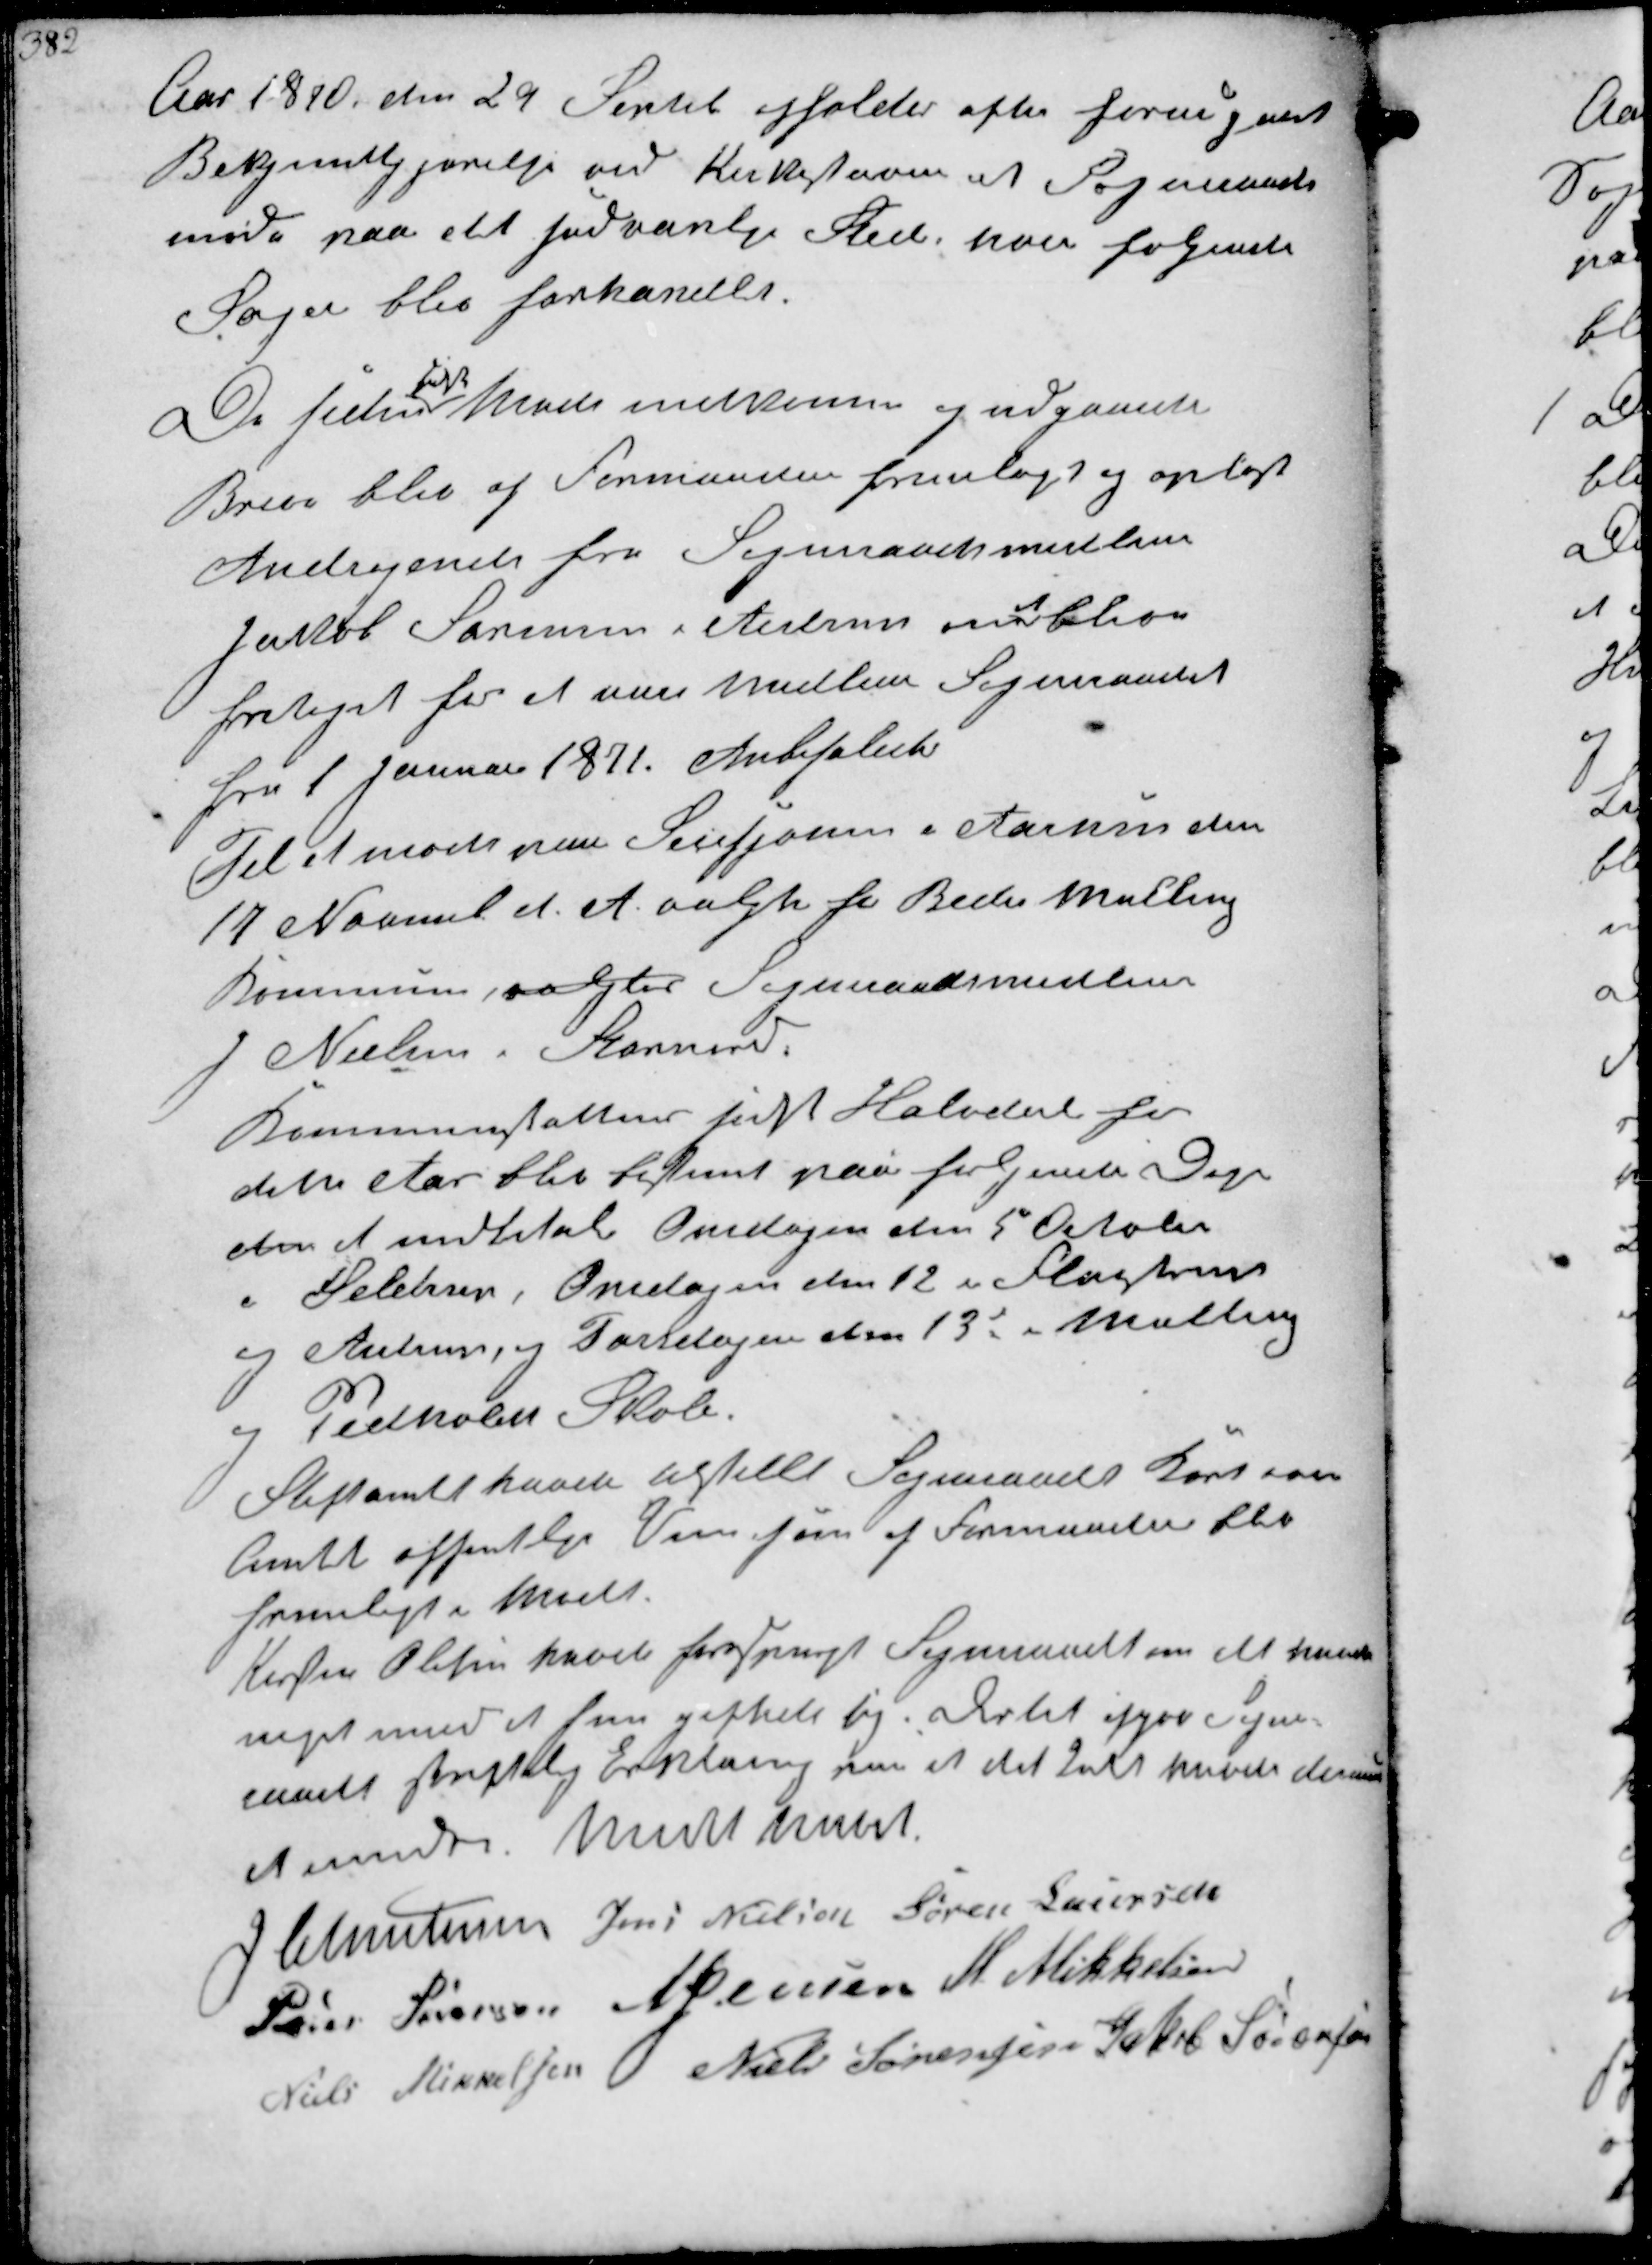
Transskription:
Aar 1870 den 29 Septb afholdes efter forudgaaet
Bekjendtgjørelse ved Kirkestævne at Sogneraads-
møde paa det sædvanlige Sted, hvor følgende
Sager blev forhandlet

De siden
sidste
Møde indkomne og udgaaede
Breve blev af Formanden fremlagt og oplæst
Andragende fra Sogneraadsmedlem
Jacob Sørensen i Ajstrup om
at
blive
fritaget for at være medlem Sogneraadet
fra 1 Januar 1871. Anbefaledes
Til at møde paa Seissjonen i Aarhus den
17 November d A valgte for Beder Malling
Kommune, valgtes Sogneraadsmedlem
J Nielsen i Stornord

Kommuneskattens sidste Halvdel for
dette Aar blev bestemt paa følgende Dage
den at indbetale Omdagen den 5 Oktober
i Seldrup Onsdagen den 12 i Fløjstrup
og Ajstrup, og Torsdagen af 13de i Malling
og Pedholdt Skole
Stiftamtet han tilstillet Sogneraadet Kort over
Amtets offentlige Veje som af Formanden blev
fremlagt i Mødet
Kirsten Olesen havde forespurgt Sogneraadet om det havde
noget imod at hun giftede sig. Dertil afgav Sogne-
raadet skriftlig Erklæring om at det intet have derimod
at erindre Mødet hævet

J Christensen Jens Nielsen Søren Laursen
Peder Sørensen N Jensen M Mikkelsen
Niels Mikkelsen Niels Sørensen Jakob Sørensen